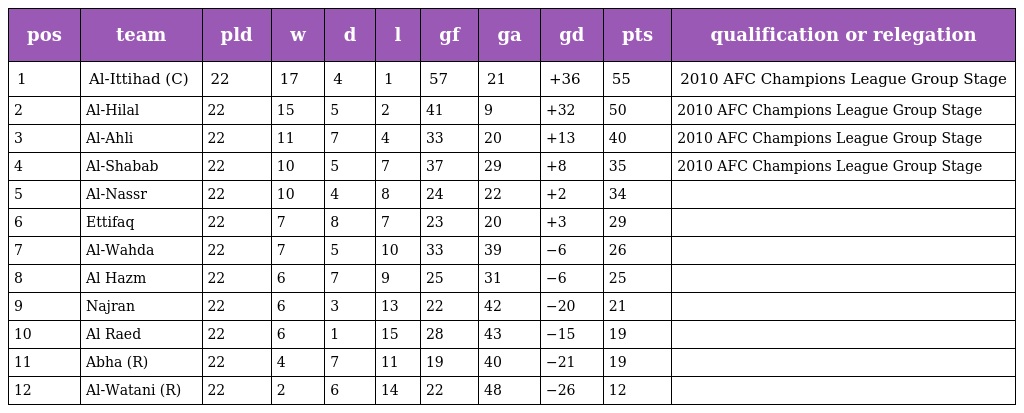
| pos | team | pld | w | d | l | gf | ga | gd | pts | qualification or relegation |
 | --- | --- | --- | --- | --- | --- | --- | --- | --- | --- | --- |
 | 1 | Al-Ittihad (C) | 22 | 17 | 4 | 1 | 57 | 21 | +36 | 55 | 2010 AFC Champions League Group Stage |
 | 2 | Al-Hilal | 22 | 15 | 5 | 2 | 41 | 9 | +32 | 50 | 2010 AFC Champions League Group Stage |
 | 3 | Al-Ahli | 22 | 11 | 7 | 4 | 33 | 20 | +13 | 40 | 2010 AFC Champions League Group Stage |
 | 4 | Al-Shabab | 22 | 10 | 5 | 7 | 37 | 29 | +8 | 35 | 2010 AFC Champions League Group Stage |
 | 5 | Al-Nassr | 22 | 10 | 4 | 8 | 24 | 22 | +2 | 34 |  |
 | 6 | Ettifaq | 22 | 7 | 8 | 7 | 23 | 20 | +3 | 29 |  |
 | 7 | Al-Wahda | 22 | 7 | 5 | 10 | 33 | 39 | −6 | 26 |  |
 | 8 | Al Hazm | 22 | 6 | 7 | 9 | 25 | 31 | −6 | 25 |  |
 | 9 | Najran | 22 | 6 | 3 | 13 | 22 | 42 | −20 | 21 |  |
 | 10 | Al Raed | 22 | 6 | 1 | 15 | 28 | 43 | −15 | 19 |  |
 | 11 | Abha (R) | 22 | 4 | 7 | 11 | 19 | 40 | −21 | 19 |  |
 | 12 | Al-Watani (R) | 22 | 2 | 6 | 14 | 22 | 48 | −26 | 12 |  |